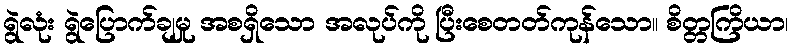
ရွဲလုံး ရွဲပြောက်ချမှု အစရှိသော အလုပ်ကို ပြီးစေတတ်ကုန်သော။ စိတ္တကြိယာ၊